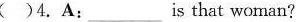
( )4. A:___ is that woman?